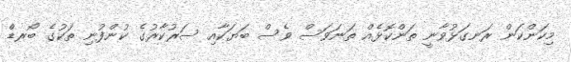
މިކަންކަން ރަނގަޅުވާނީ ތަންކޮޅެއް ތަނަވަސް ވެސް ބަޔަކާއި ސަރުކާރުގެ ކުންފުނި ތަކުގެ ބޯރޑް